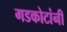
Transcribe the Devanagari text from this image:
गडकोटांनी